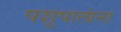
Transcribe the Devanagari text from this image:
पशूपालांना